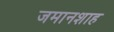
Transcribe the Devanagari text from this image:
जमानशाह